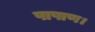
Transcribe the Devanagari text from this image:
पाषाण।